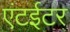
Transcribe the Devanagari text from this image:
एंटईटर